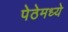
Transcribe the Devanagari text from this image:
पेठेमध्ये